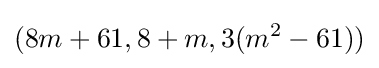
(8m+61,8+m,3(m^{2}-61))